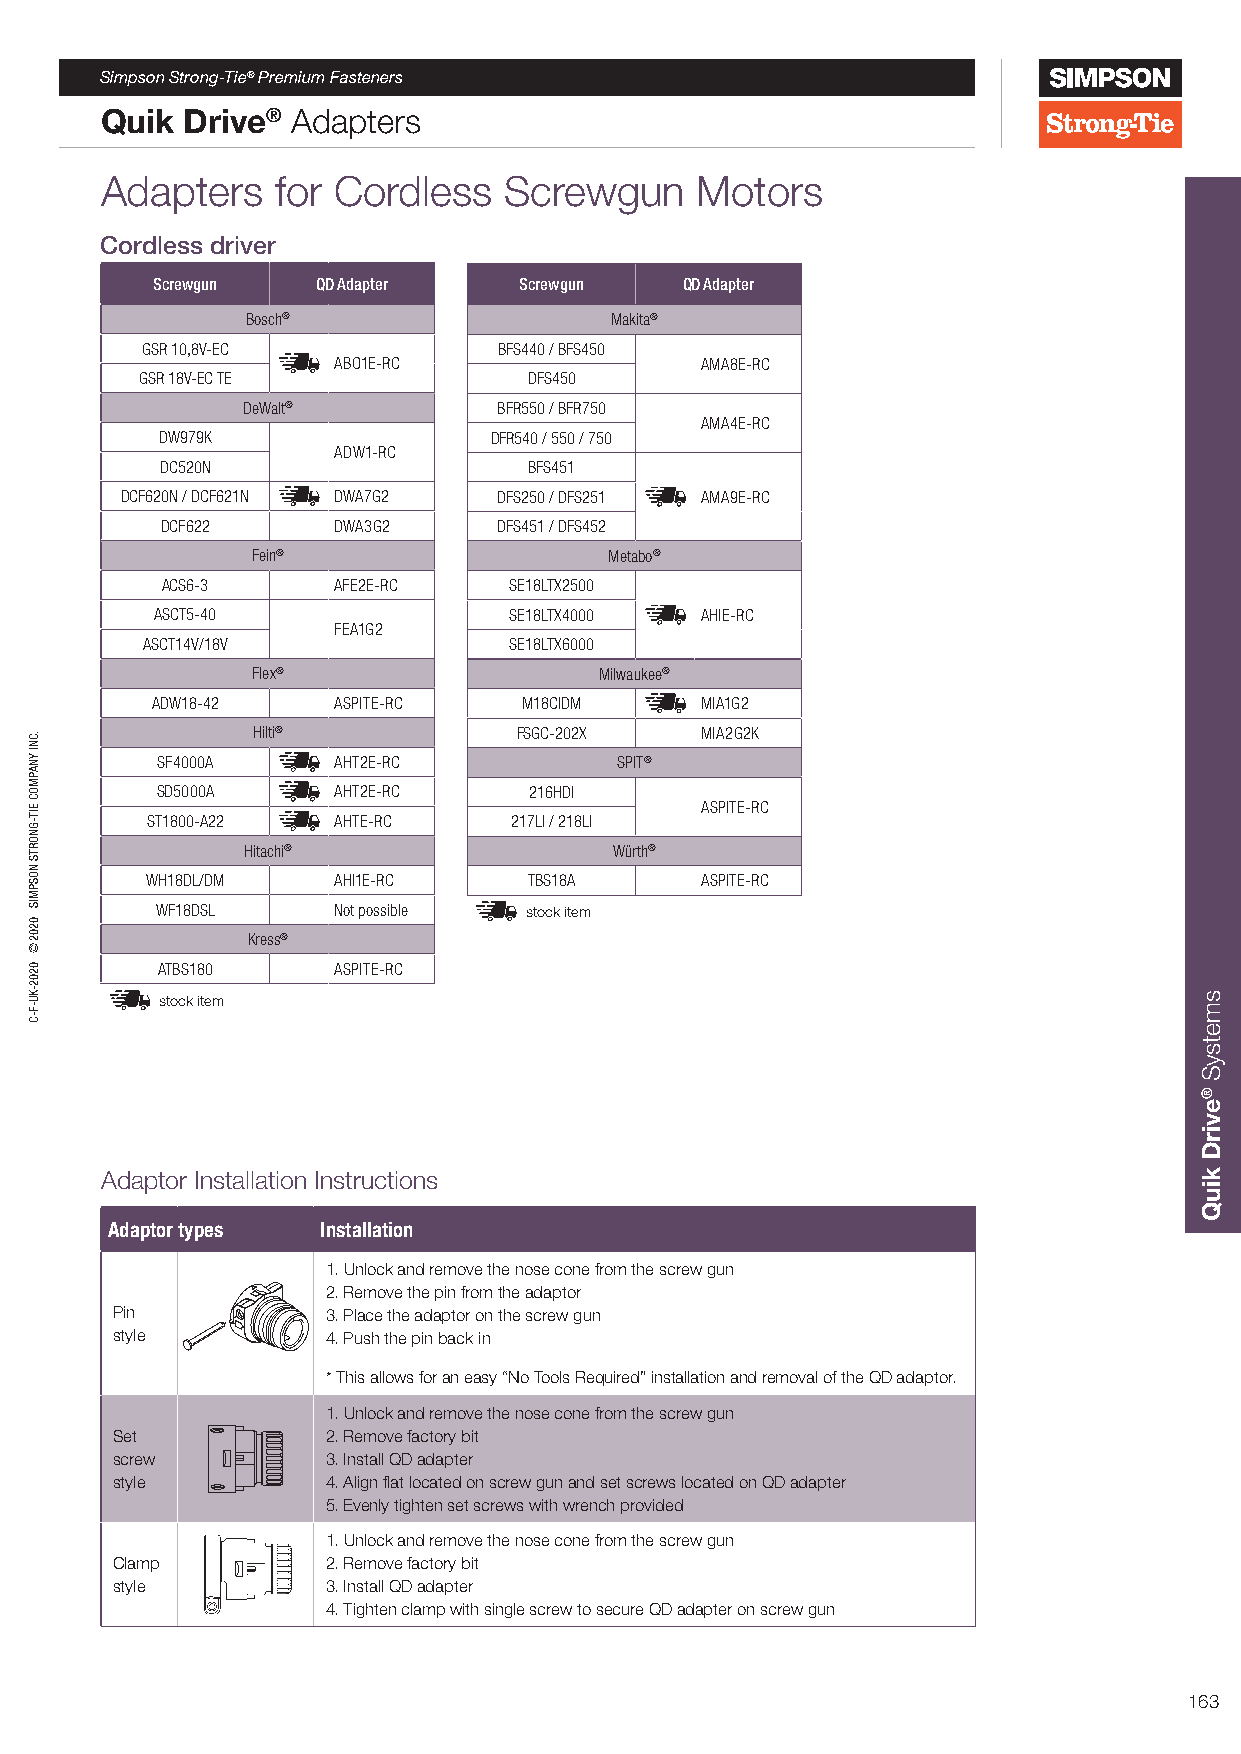
Simpson Strong-Tie® Premium Fasteners
 Quik Drive® Adapters
 Adapters   for Cordless   Screwgun     Motors
 Cordless driver
 Screwgun   QD Adapter   Screwgun   QD Adapter
 Bosch®                  Makita®
 GSR 10,8V-EC            BFS440 / BFS450
 ABO1E-RC                AMA8E-RC
 GSR 18V-EC TE             DFS450
 DeWalt®          BFR550 / BFR750
 AMA4E-RC
 DW979K                DFR540 / 550 / 750
 ADW1-RC
 DC520N                  BFS451
 DCF620N / DCF621N DWA7G2 DFS250 / DFS251 AMA9E-RC
 DCF622     DWA3G2     DFS451 / DFS452
 Fein®                  Metabo®
 ACS6-3     AFE2E-RC    SE18LTX2500
 ASCT5-40                SE18LTX4000 AHIE-RC
 FEA1G2
 ASCT14V/18V              SE18LTX6000
 Flex®                  Milwaukee®
 ADW18-42    ASPITE-RC    M18CIDM    MIA1G2
 Hilti®           FSGC-202X   MIA2G2K
 SF4000A     AHT2E-RC           SPIT®
 SD5000A     AHT2E-RC     216HDI
 ASPITE-RC
 ST1800-A22  AHTE-RC     217LI / 218LI
 Hitachi®                 Würth®
 WH18DL/DM   AHI1E-RC     TBS18A     ASPITE-RC
 WF18DSL     Not possible stock item
 Kress®
 ATBS180     ASPITE-RC
 stock item
 Adaptor Installation Instructions
 Adaptor types Installation
 1. Unlock and remove the nose cone from the screw gun
 2. Remove the pin from the adaptor
 Pin            3. Place the adaptor on the screw gun
 style          4. Push the pin back in
 * This allows for an easy “No Tools Required” installation and removal of the QD adaptor.
 1. Unlock and remove the nose cone from the screw gun
 Set            2. Remove factory bit
 screw          3. Install QD adapter
 style          4. Align flat located on screw gun and set screws located on QD adapter
 5. Evenly tighten set screws with wrench provided
 1. Unlock and remove the nose cone from the screw gun
 Clamp          2. Remove factory bit
 style          3. Install QD adapter
 4. Tighten clamp with single screw to secure QD adapter on screw gun
 163
 .CNI
 YNAPMOC
 EIT-GNORTS
 NOSPMIS
 0202©
 0202-KU-F-C
 smetsyS
 ®evirD
 kiuQ